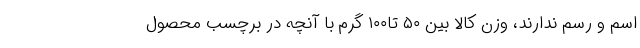
اسم و رسم ندارند، وزن کالا بین ۵۰ تا۱۰۰ گرم با آنچه در برچسب محصول